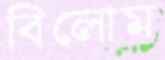
বিলোম